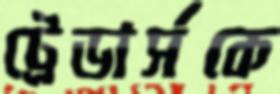
ট্রেডার্সকে